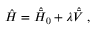
\hat { H } = \hat { \bar { H } } _ { 0 } + \lambda \hat { \bar { V } } \; ,